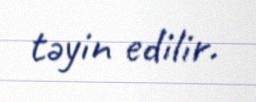
təyin edilir.